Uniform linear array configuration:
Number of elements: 16
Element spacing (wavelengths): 0.25
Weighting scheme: hamming
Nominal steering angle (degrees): -60
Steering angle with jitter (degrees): -60.153
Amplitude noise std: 0.05
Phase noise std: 0.05

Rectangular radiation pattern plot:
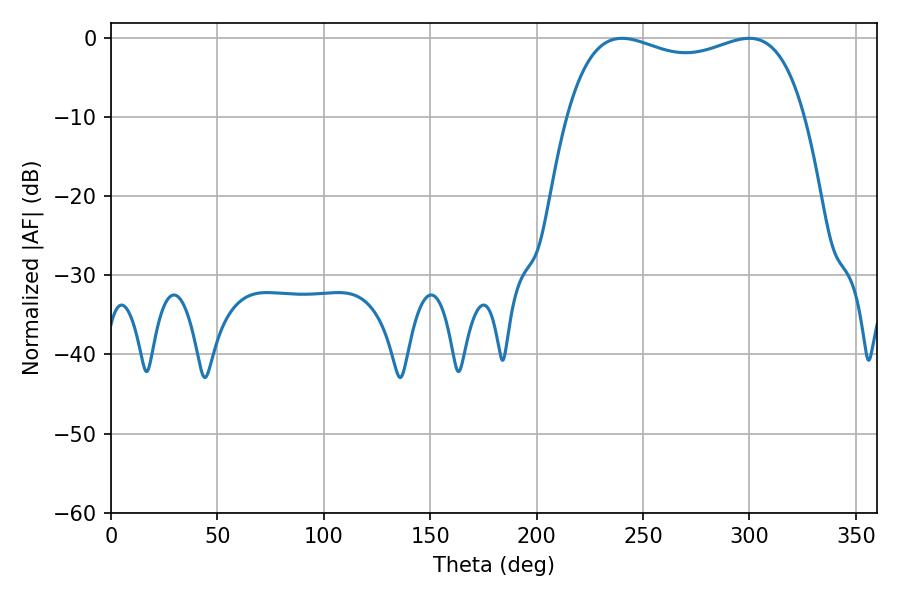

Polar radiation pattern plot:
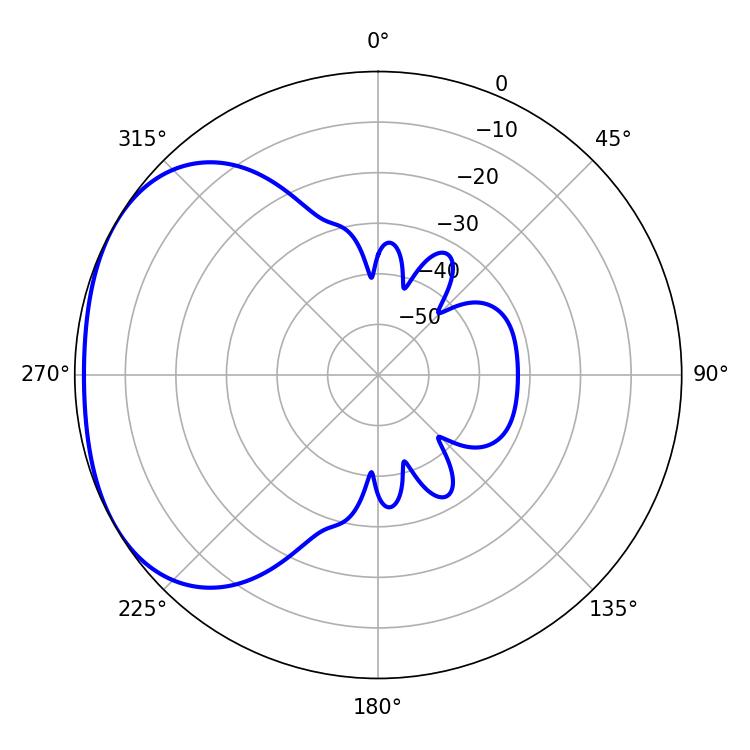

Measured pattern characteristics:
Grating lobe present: FALSE
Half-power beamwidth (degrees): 91.8
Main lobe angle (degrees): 240.12